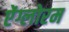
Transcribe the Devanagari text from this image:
ऐंग्लोरम